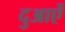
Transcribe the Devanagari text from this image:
दुआऐं